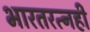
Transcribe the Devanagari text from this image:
भारतरत्नही